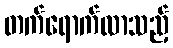
တက်ရောက်လာသည့်